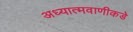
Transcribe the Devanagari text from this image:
अध्यात्मवाणीकडे